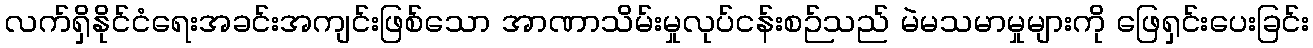
လက်ရှိနိုင်ငံရေးအခင်းအကျင်းဖြစ်သော အာဏာသိမ်းမှုလုပ်ငန်းစဉ်သည် မဲမသမာမှုများကို ဖြေရှင်းပေးခြင်း